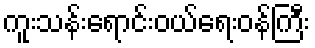
ကူးသန်းရောင်းဝယ်ရေးဝန်ကြီး